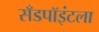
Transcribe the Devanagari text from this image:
सँडपॉइंटला